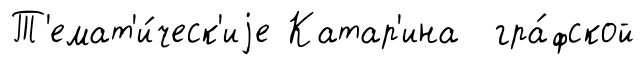
Т'емат'и́ческ'иjе Катар'ина гра́фской